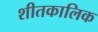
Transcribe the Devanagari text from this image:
शीतकालिक